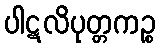
ပါဋလိပုတ္တကဉ္စ